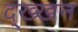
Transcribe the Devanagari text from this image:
द्ख्खन